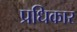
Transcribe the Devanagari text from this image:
प्रधिकार